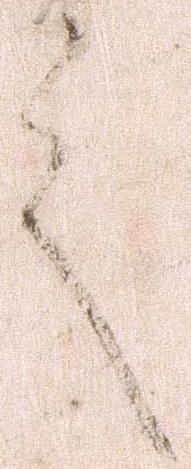
言